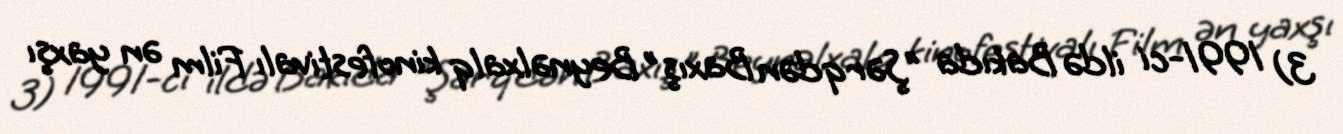
3) 1991-ci ildə Bakıda "Şərqdən Baxış" Beynəlxalq kinofestivalı Film ən yaxşı